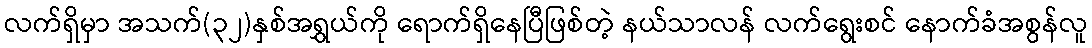
လက်ရှိမှာ အသက်(၃၂)နှစ်အရွှယ်ကို ရောက်ရှိနေပြီဖြစ်တဲ့ နယ်သာလန် လက်ရွေးစင် နောက်ခံအစွန်လူ